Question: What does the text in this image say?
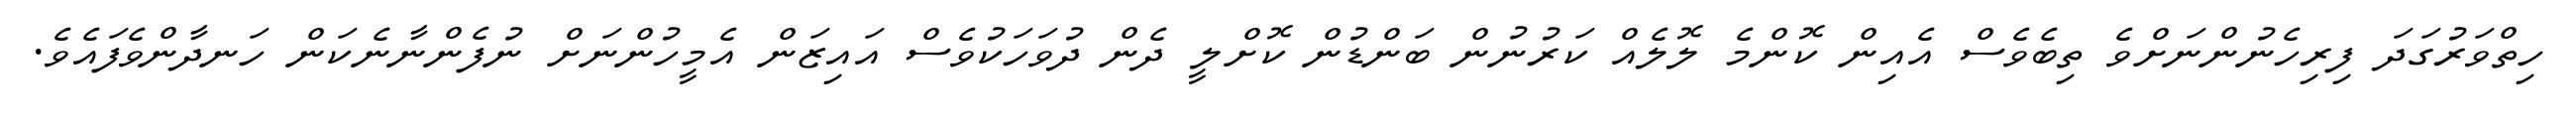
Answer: ހިތްވަރުގަދަ ފިރިހެނުންނަށްވެ ތިބެވެސް އެއިން ކޮންމެ ލޮލެއް ކަރުނުން ބަންޑުން ކޮށްލީ ދެން ދުވަހަކުވެސް އައިޒަން އެމީހުންނަށް ނުފެންނާނެކަން ހަނދާންވެފައެވެ.